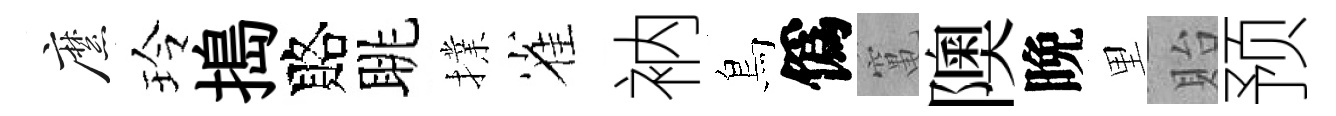
縻玲搗賂眺擈雀衲鳥僞𥧄隩晩里貽预